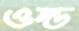
ওল্ড